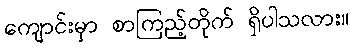
ကျောင်းမှာ စာကြည့်တိုက် ရှိပါသလား။